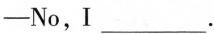
—No,I___.